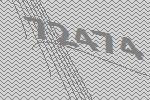
72474